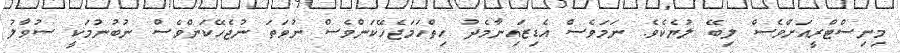
މިނިސްޓްރީއަށްވެސް ލިބޭ ލުޔެކެވެ. ނަމަވެސް އެޑިޒައިނާމެދު ހިތްހަމަޖެހޭކަންވެސް ނުވަތަ ނުޖެހޭކަންވެސް ނުބުނުމަކީ ސުވާލު